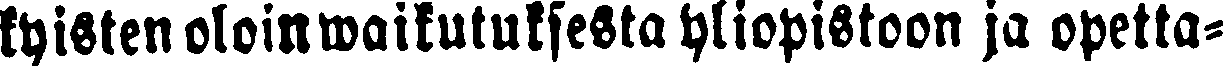
kyisten oloinwaikutuksesta yliopistoon ja opetta-